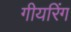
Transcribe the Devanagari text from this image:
गीयरिंग